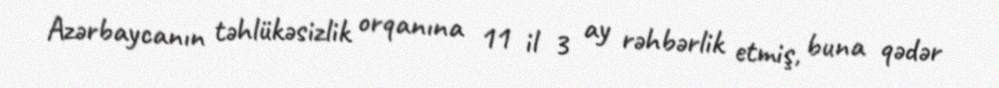
Azərbaycanın təhlükəsizlik orqanına 11 il 3 ay rəhbərlik etmiş, buna qədər